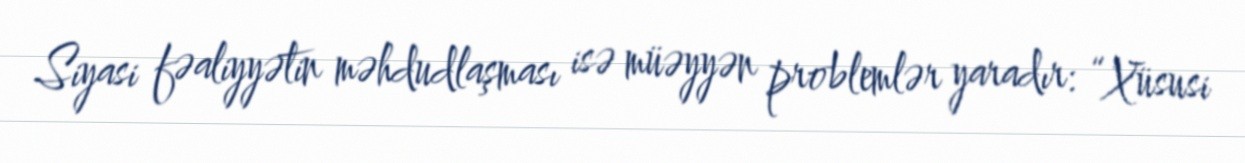
Siyasi fəaliyyətin məhdudlaşması isə müəyyən problemlər yaradır: “Xüsusi